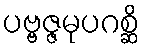
ပဗ္ဗဇ္ဇမုပဂစ္ဆိ